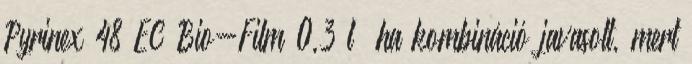
Pyrinex 48 EC Bio-Film 0,3 l ha kombináció javasolt, mert